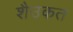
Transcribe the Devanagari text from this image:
शैउकत